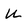
Character: U